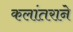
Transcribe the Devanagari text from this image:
कलांतराने